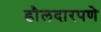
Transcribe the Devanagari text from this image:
डौलदारपणे